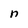
Character: n